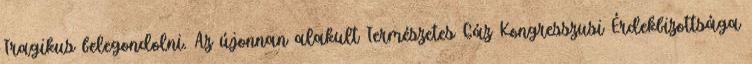
Tragikus belegondolni. Az újonnan alakult Természetes Gáz Kongresszusi Érdekbizottsága